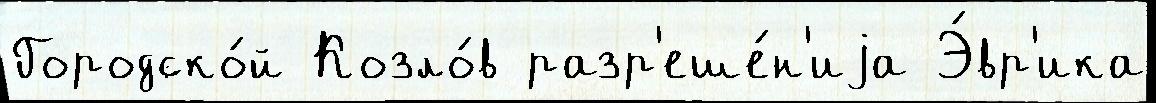
Городско́й Козло́в разр'еше́н'иjа Э́вр'ика